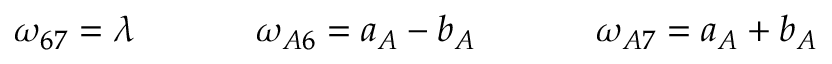
\begin{array} { c c c } { { \omega _ { 6 7 } = \lambda ~ ~ ~ } } & { { ~ ~ ~ ~ \omega _ { A 6 } = a _ { A } - b _ { A } ~ ~ ~ } } & { { ~ ~ ~ ~ \omega _ { A 7 } = a _ { A } + b _ { A } } } \end{array}